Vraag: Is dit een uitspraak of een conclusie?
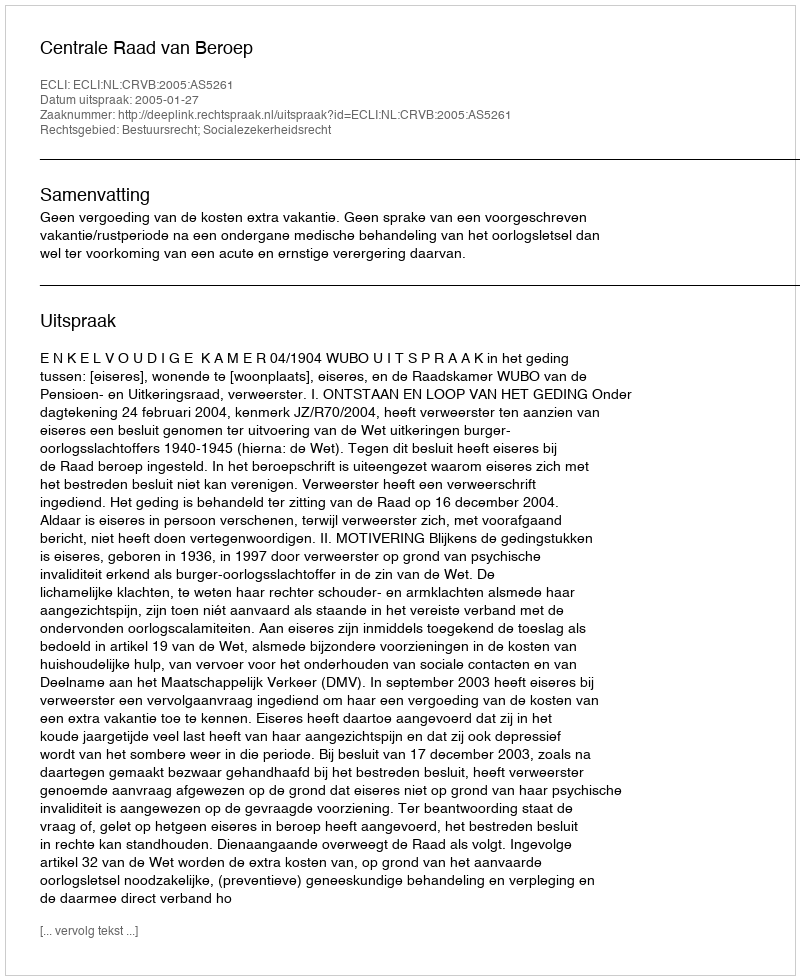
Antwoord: Uitspraak